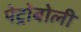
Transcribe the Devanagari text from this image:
पेट्रोबोली